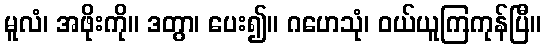
မူလံ၊ အဖိုးကို။ ဒတွာ၊ ပေး၍။ ဂဟေသုံ၊ ဝယ်ယူကြကုန်ပြီ။